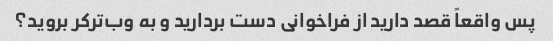
پس واقعاً قصد دارید از فراخوانی دست بردارید و به وب‌ترکر بروید؟